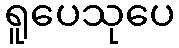
ရူပေသုပေ